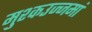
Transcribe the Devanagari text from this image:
मुश्कउज्जमां